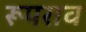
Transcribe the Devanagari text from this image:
रूपराव